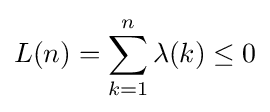
L(n)=\sum _{k=1}^{n}\lambda (k)\leq 0